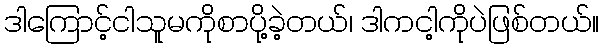
ဒါကြောင့်ငါသူမကိုစာပို့ခဲ့တယ်၊ ဒါကငါ့ကိုပဲဖြစ်တယ်။